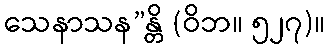
သေနာသန”န္တိ (ဝိဘ။ ၅၂၇)။